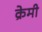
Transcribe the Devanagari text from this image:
क्रेमी